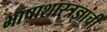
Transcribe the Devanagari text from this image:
भाषाशास्त्रज्ञांची